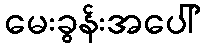
မေးခွန်းအပေါ်